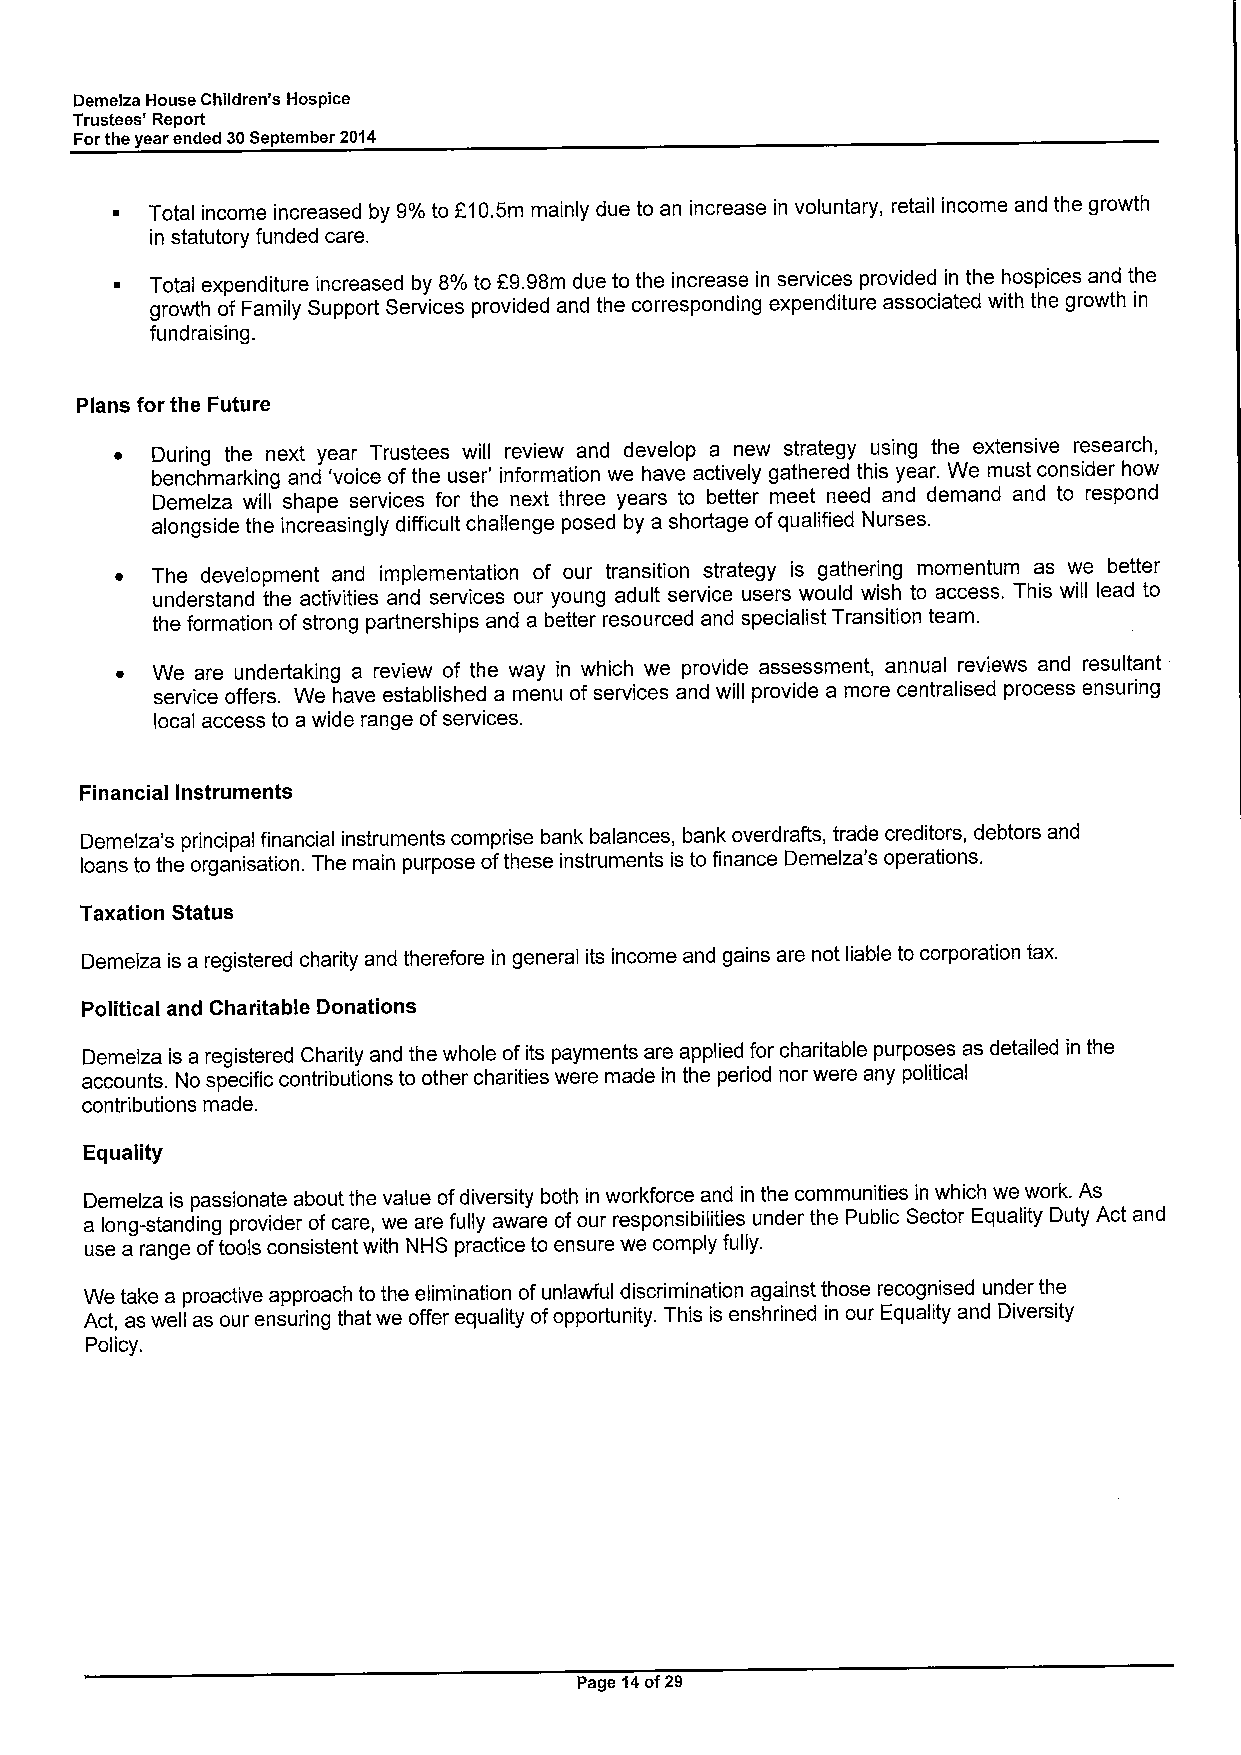
Demelza House Children's Hospice
 Trustees' Report
 Forthe year ended 30September 2014
 ~  Total income increased by 9%to f10.5m mainly due to an increase in voluntary, retail income and the growth
 in statutory funded care.
 ~  Total expenditure increased by 8%to E9.98m due to the increase in services provided in the hospices and the
 growth of Family Support Services provided and the corresponding expenditure associated with the growth in
 fundraising.
 Plans for the Future
 ~ During the next year Trustees will review and develop a new strategy using the extensive research,
 benchmarking and 'voice ofthe user' information we have actively gathered this year. We must consider how
 Demelza will shape services for the next three years to better meet need and demand and to respond
 alongside the increasingly difficult challenge posed by a shortage ofqualified Nurses.
 ~ The development and implementation of our transition strategy is gathering momentum as we better
 understand the activities and services our young adult service users would wish to access. This will lead to
 the formation ofstrong partnerships and a better resourced and specialist Transition team.
 ~ We are undertaking a review of the way in which we provide assessment, annual reviews and resultant
 service offers. We have established a menu of services and will provide a more centralised process ensuring
 local access to a wide range ofservices.
 Financial Instruments
 Demelza's principal financial instruments comprise bank balances, bank overdrafts, trade creditors, debtors and
 loans to the organisation. The main purpose ofthese instruments is to finance Demelza's operations.
 Taxation Status
 Demelza is a registered charity and therefore in general its income and gains are not liable to corporation tax.
 Political and Charitable Donations
 Demelza is a registered Charity and the whole ofits payments are applied for charitable purposes as detailed in the
 accounts. No specific contributions to other charities were made in the period nor were any political
 contributions made.
 Equality
 Demelza is passionate about the value ofdiversity both in workforce and in the communities in which we work. As
 a long-standing provider of care, we are fully aware ofour responsibilities under the Public Sector Equality Duty Act and
 use a range oftools consistent with NHS practice to ensure we comply fully.
 We take a proactive approach to the elimination ofunlawful discrimination against those recognised under the
 Act, as well as our ensuring that we offer equality ofopportunity. This is enshrined in our Equality and Diversity
 Policy.
 Page 14of29